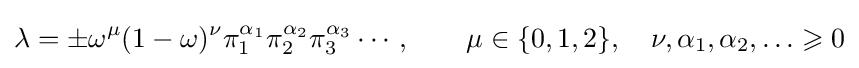
\lambda =\pm \omega ^{\mu }(1-\omega )^{\nu }\pi _{1}^{\alpha _{1}}\pi _{2}^{\alpha _{2}}\pi _{3}^{\alpha _{3}}\cdots ,\qquad \mu \in \{0,1,2\},\quad \nu ,\alpha _{1},\alpha _{2},\ldots \geqslant 0